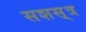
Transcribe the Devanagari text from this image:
सशस़्त्र